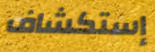
إستكشاف